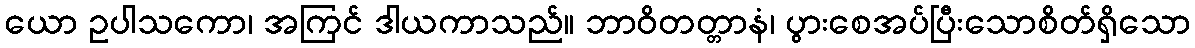
ယော ဥပါသကော၊ အကြင် ဒါယကာသည်။ ဘာဝိတတ္တာနံ၊ ပွားစေအပ်ပြီးသောစိတ်ရှိသော